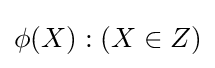
\phi (X):(X\in Z)